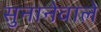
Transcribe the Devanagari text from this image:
सुनानेवाले